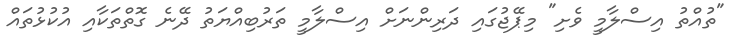
"ތުއްތު އިސްލާމީ ވެށި" މިޕޭޖުގައި ދަރިންނަށް އިސްލާމީ ތަރުބިއްޔަތު ދޭނެ ގޮތްތަކާއި އުކުޅުތައް